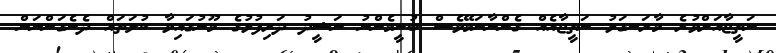
ނަތީޖާއަށްވުރެ މާރަނގަޅު ނަތީޖާއެއް ގެންނާނަމޭވެސް ބުނީމެންނު ނަޝީދު ދަރިފުޅުގެ މޫނުގައިވާ ކުލަތައް ދެނެގަންނަން